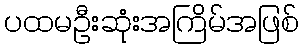
ပထမဦးဆုံးအကြိမ်အဖြစ်